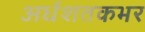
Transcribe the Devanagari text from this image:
अर्धशतकभर